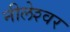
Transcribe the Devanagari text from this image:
नीलेश्‍वर